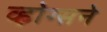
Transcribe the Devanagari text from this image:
व्होग्सने